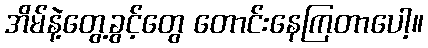
အိမ်နဲ့တွေ့ခွင့်တွေ တောင်းနေကြတာပေါ့။